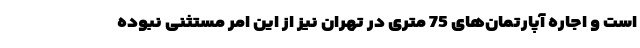
است و اجاره آپارتمان‌های 75 متری در تهران نیز از این امر مستثنی نبوده